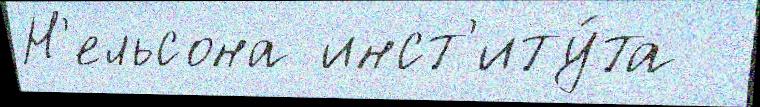
Н'ельсона инст'иту́та